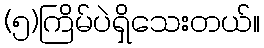
(၅)ကြိမ်ပဲရှိသေးတယ်။